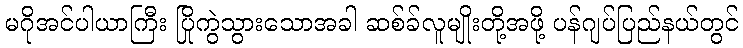
မဂိုအင်ပါယာကြီး ပြိုကွဲသွားသောအခါ ဆစ်ခ်လူမျိုးတို့အဖို့ ပန်ဂျပ်ပြည်နယ်တွင်